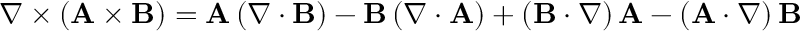
\nabla \times \left( \mathbf { A } \times \mathbf { B } \right) = \mathbf { A } \left( \nabla \cdot \mathbf { B } \right) - \mathbf { B } \left( \nabla \cdot \mathbf { A } \right) + \left( \mathbf { B } \cdot \nabla \right) \mathbf { A } - \left( \mathbf { A } \cdot \nabla \right) \mathbf { B }